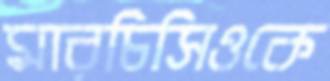
মারচিসিওকে